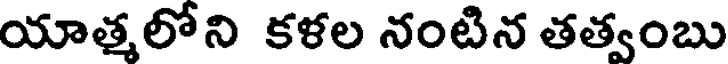
యాత్మలోని కళల నంటిన తత్వంబు